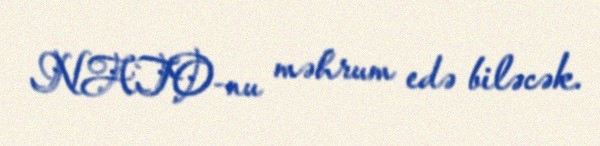
NATO-nu məhrum edə biləcək.